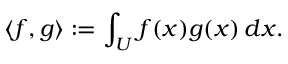
\langle f , g \rangle : = \int _ { U } f ( x ) g ( x ) \, d x .